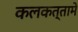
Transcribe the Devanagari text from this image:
कलकत्तामे